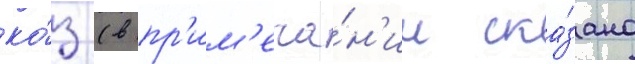
ко́з (в пр'им'еча́н'ии ска́зано